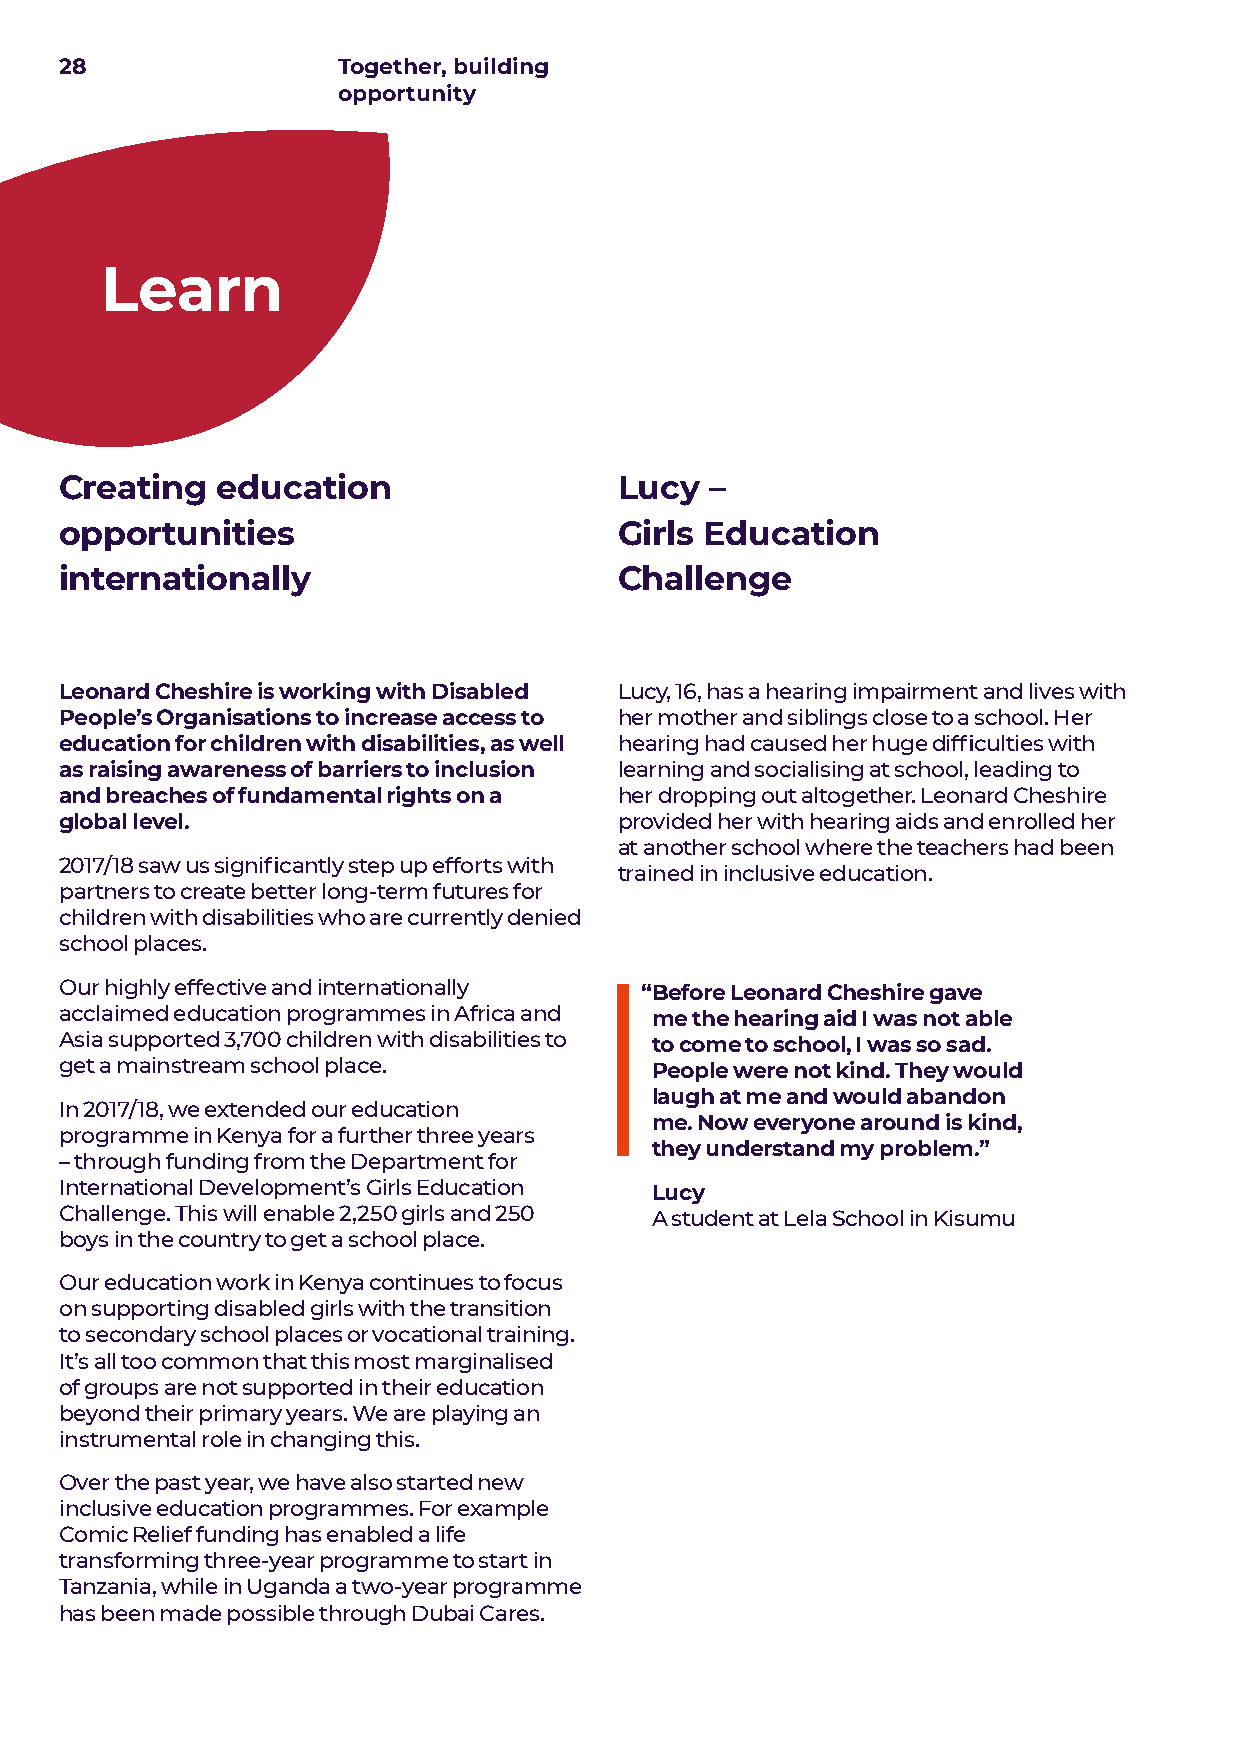
28                Together, building
 opportunity
 Learn
 Creating  education                  Lucy  –
 opportunities                        Girls Education
 internationally                      Challenge
 Leonard Cheshire is working with Disabled Lucy, 16, has a hearing impairment and lives with
 People’s Organisations to increase access to her mother and siblings close to a school. Her
 education for children with disabilities, as well hearing had caused her huge difficulties with
 as raising awareness of barriers to inclusion learning and socialising at school, leading to
 and breaches of fundamental rights on a her dropping out altogether. Leonard Cheshire
 global level.                        provided her with hearing aids and enrolled her
 at another school where the teachers had been
 2017/18 saw us significantly step up efforts with
 trained in inclusive education.
 partners to create better long-term futures for
 children with disabilities who are currently denied
 school places.
 Our highly effective and internationally “ Before Leonard Cheshire gave
 acclaimed education programmes in Africa and me the hearing aid I was not able
 Asia supported 3,700 children with disabilities to to come to school, I was so sad.
 get a mainstream school place.         People were not kind. They would
 laugh at me and would abandon
 In 2017/18, we extended our education
 me. Now everyone around is kind,
 programme in Kenya for a further three years
 they understand my problem.”
 – through funding from the Department for
 International Development’s Girls Education Lucy
 Challenge. This will enable 2,250 girls and 250 A student at Lela School in Kisumu
 boys in the country to get a school place.
 Our education work in Kenya continues to focus
 on supporting disabled girls with the transition
 to secondary school places or vocational training.
 It’s all too common that this most marginalised
 of groups are not supported in their education
 beyond their primary years. We are playing an
 instrumental role in changing this.
 Over the past year, we have also started new
 inclusive education programmes. For example
 Comic Relief funding has enabled a life
 transforming three-year programme to start in
 Tanzania, while in Uganda a two-year programme
 has been made possible through Dubai Cares.